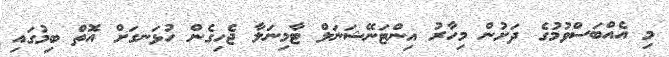
މި އެއްބަސްވުމުގެ ދަށުން މިހާރު އިންޓަނޭޝަނަލް ޓާމިނަލާ ޖެހިގެން ހުޅަނގަށް އޮތް ބިމުގައި